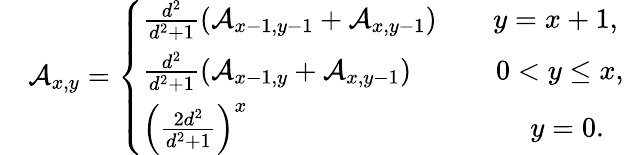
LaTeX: \begin{array}{rl}&{\mathcal{A}_{x,y}=\left\{ \begin{array}{ll}{\frac{d^{2}}{d^{2}+1}\left(\mathcal{A}_{x-1,y-1}+\mathcal{A}_{x,y-1}\right)\qquad y=x+1,}\\ {\frac{d^{2}}{d^{2}+1}\left(\mathcal{A}_{x-1,y}+\mathcal{A}_{x,y-1}\right)\qquad\quad 0<y\le x,}\\ {\left(\frac{2d^{2}}{d^{2}+1}\right)^{x}\qquad\qquad\qquad\qquad\qquad y=0.}\end{array}\right.}\end{array}